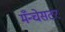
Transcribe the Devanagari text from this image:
मँन्चेसटर